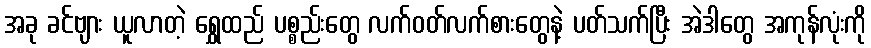
အခု ခင်ဗျား ယူလာတဲ့ ရွှေထည် ပစ္စည်းတွေ လက်ဝတ်လက်စားတွေနဲ့ ပတ်သက်ပြီး အဲဒါတွေ အကုန်လုံးကို